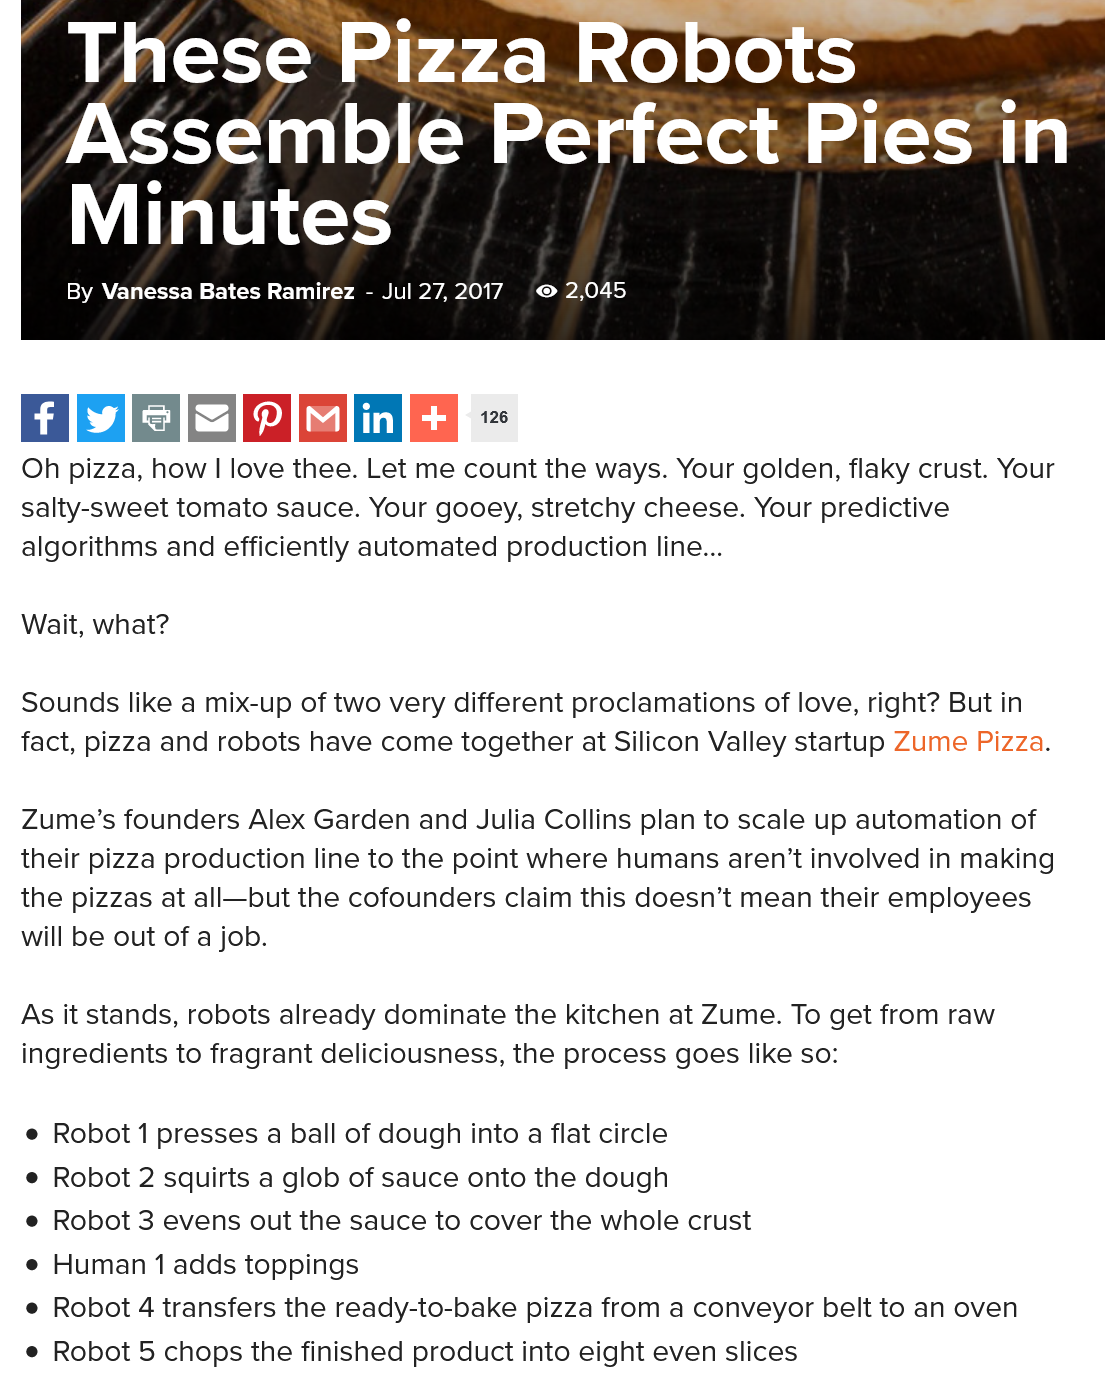
These    Pizza    Robots
     —
     Assemble    Perfect    Pies    in
     Minutes
  Wait, what?
  Sounds like a mix-up of two very different proclamations of love, right? But in
  fact, pizza and robots have come together at Silicon Valley startup Zume Pizza.
  Zume’s founders Alex Garden and Julia Collins plan to scale up automation of
  their pizza production line to the point where humans aren’t involved in making
  the pizzas at all—but the cofounders claim this doesn’t mean their employees
  will be out of a job.
  As it stands, robots already dominate the kitchen at Zume. To get from raw
  ingredients to fragrant deliciousness, the process goes like so:
     By Vanessa Bates Ramirez
     -
     Jul 27, 2017 2,045
     Robots. Y phe ssemble Perfect Pies'in
     Minutes
     By Vanessa Bates Ramirez
     -
     Jul 27,2017 © 2,045
     126
  e Robot 1 presses a ball of dough into a flat circle
  e Robot 2 squirts a glob of sauce onto the dough
  e Human  1 adds toppings
  e Robot 3 evens out the sauce to cover the whole crust
  e Robot 4 transfers the ready-to-bake pizza from a conveyor belt to an oven
  e Robot 5 chops the finished product into eight even slices
  Oh pizza, how | love thee. Let me count the ways. Your golden, flaky crust. Your
  salty-sweet tomato sauce. Your gooey, stretchy cheese. Your predictive
  algorithms and efficiently automated production line...